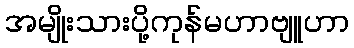
အမျိုးသားပို့ကုန်မဟာဗျူဟာ